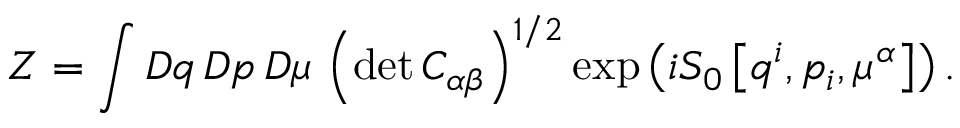
Z = \int { \cal D } q \, { \cal D } p \, { \cal D } \mu \, \left( \operatorname * { d e t } C _ { \alpha \beta } \right) ^ { 1 / 2 } \exp \left( i S _ { 0 } \left[ q ^ { i } , p _ { i } , \mu ^ { \alpha } \right] \right) .